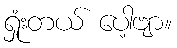
ရှုံးတယ် ပေါ့ဗျာ။